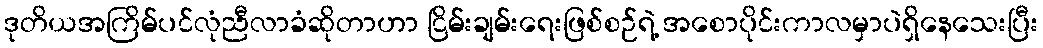
ဒုတိယအကြိမ်ပင်လုံညီလာခံဆိုတာဟာ ငြိမ်းချမ်းရေးဖြစ်စဉ်ရဲ့ အစောပိုင်းကာလမှာပဲရှိနေသေးပြီး